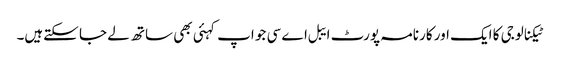
ٹیکنالوجی کا ایک اور کارنامہ پورٹ ایبل اے سی جو اپ کہئی بھی ساتھ لے جا سکتےہیں۔